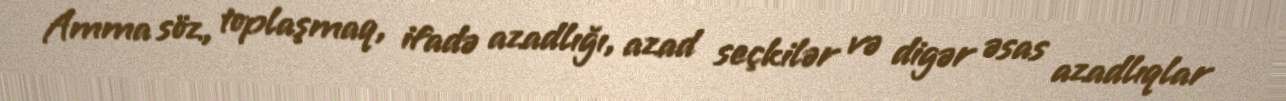
Amma söz, toplaşmaq, ifadə azadlığı, azad seçkilər və digər əsas azadlıqlar